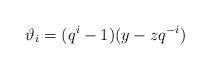
LaTeX: \begin{align*}\vartheta_i = (q^i-1)(y-zq^{-i})\end{align*}